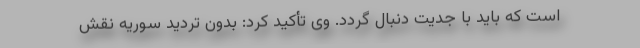
است که باید با جدیت دنبال گردد. وی تأکید کرد: بدون تردید سوریه نقش